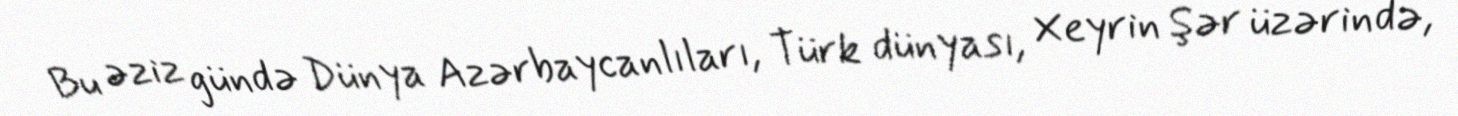
Bu əziz gündə Dünya Azərbaycanlıları, Türk dünyası, Xeyrin Şər üzərində,